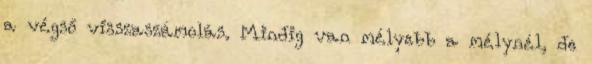
a végső visszaszámolás. Mindig van mélyebb a mélynél, de